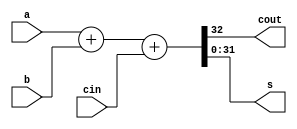
// multi-bit adder - behavioral
//From slides 

module Adder1(a,b,cin,cout,s) ;
parameter n = 32 ;
input [n-1:0] a, b ;
input cin ;
output [n-1:0] s ;
output cout ;
assign {cout, s} = a + b + cin ;
endmodule

module Mul4(a,b,p) ;
input [15:0] a,b ;
output [31:0] p ;
// form partial products
wire [15:0] pp0 = a & {16{b[0]}} ; // x1
wire [15:0] pp1 = a & {16{b[1]}} ; // x2
wire [15:0] pp2 = a & {16{b[2]}} ; // x4
wire [15:0] pp3 = a & {16{b[3]}} ; // x8

wire [15:0] pp4 = a & {16{b[4]}} ; 
wire [15:0] pp5 = a & {16{b[5]}} ; 
wire [15:0] pp6 = a & {16{b[6]}} ; 
wire [15:0] pp7 = a & {16{b[7]}} ; 

wire [15:0] pp8 = a & {16{b[8]}} ; 
wire [15:0] pp9 = a & {16{b[9]}} ; 
wire [15:0] pp10 = a & {16{b[10]}} ; 
wire [15:0] pp11 = a & {16{b[11]}} ; 

wire [15:0] pp12 = a & {16{b[12]}} ; 
wire [15:0] pp13 = a & {16{b[13]}} ; 
wire [15:0] pp14 = a & {16{b[14]}} ; 
wire [15:0] pp15 = a & {16{b[15]}} ; 

// sum up partial products
wire cout1, cout2, cout3 ;
wire cout4, cout5, cout6 ;
wire cout7, cout8, cout9 ;
wire cout10, cout11, cout12 ;

wire [15:0] s1, s2, s3 ;
wire [15:0] s4, s5, s6 ;
wire [15:0] s7, s8, s9 ;
wire [15:0] s10, s11, s12 ;
Adder1 #(16) a1(pp1, {1'b0,pp0[15:1]}, 1'b0, cout1, s1) ;
Adder1 #(16) a2(pp2, {cout1,s1[15:1]}, 1'b0, cout2, s2) ;
Adder1 #(16) a3(pp3, {cout2,s2[15:1]}, 1'b0, cout3, s3) ;

Adder1 #(16) a4(pp4, {cout3,s3[15:1]}, 1'b0, cout4, s4) ;
Adder1 #(16) a5(pp5, {cout4,s4[15:1]}, 1'b0, cout5, s5) ;
Adder1 #(16) a6(pp6, {cout5,s5[15:1]}, 1'b0, cout6, s6) ;

Adder1 #(16) a7(pp7, {cout6,s6[15:1]}, 1'b0, cout7, s7) ;
Adder1 #(16) a8(pp8, {cout7,s7[15:1]}, 1'b0, cout8, s8) ;
Adder1 #(16) a9(pp9, {cout8,s8[15:1]}, 1'b0, cout9, s9) ;

Adder1 #(16) a10(pp10, {cout9,s9[15:1]}, 1'b0, cout10, s10) ;
Adder1 #(16) a11(pp11, {cout10,s10[15:1]}, 1'b0, cout11, s11) ;
Adder1 #(16) a12(pp12, {cout11,s11[15:1]}, 1'b0, cout12, s12) ;
// collect the result
assign p = {cout12, s12, s11[0], s10[0], s9[0],s8[0],s7[0],s6[0],s5[0],s4[0],s3[0], s2[0], s1[0], pp0[0]} ;
endmodule



module tb_multiplier;
 // Inputs
 reg [15:0] input1;
 reg [15:0] input2;
 // Outputs
 wire [31:0] answer;

 // Instantiate the Unit Under Test (UUT)
 Mul4 uut (
  .a(input1), 
  .b(input2), 
  .p(answer)
 );

 initial begin
  // Initialize Inputs
  input1 = 50;
  input2 = 50;
  #100;
  $display("Multiplier:");
  $display("A:                         %b", input1);
  $display("B:                         %b", input2);
  $display("Product =  %b", answer);
 end
      
endmodule